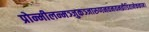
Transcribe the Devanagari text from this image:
प्रोन्मीलन्मञ्जुकञ्जारुणनवनयनव्रीडितानेककाम।